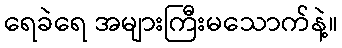
ရေခဲရေ အများကြီးမသောက်နဲ့။